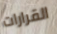
القرارات